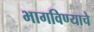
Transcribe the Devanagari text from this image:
भागविण्याचे